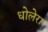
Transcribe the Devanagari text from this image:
धोलेरा